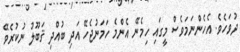
ދުވަހެވެ. އެހެންނަމަވެސް މީގައި ހިމެނޭ އެންމެ ހަމަނުޖެހޭ އަދި ބުއްދި ޤަބޫލު ނުކުރެވޭ